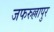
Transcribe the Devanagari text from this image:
जफरुल्लापुर